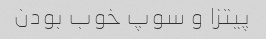
پیتزا و سوپ خوب بودن